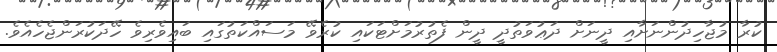
ކުރާ މުޖާހިދުންނަށާއި ދީނަށް ދަޢުވަތުދީ ދީން ފެތުރުމަށްޓަކައި ކުރެވޭ މަސައްކަތުގައި ބައިވެރިވެ ހޭދަކުރަންޖެހެއެވެ.